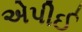
એપીઈ